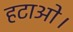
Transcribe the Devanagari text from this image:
हटाओ।